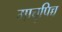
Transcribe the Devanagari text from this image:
माचूपिच्चू